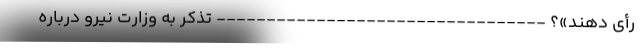
رأی دهند»؟ --------------------------------- تذکر به وزارت نیرو درباره